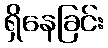
ရှိနေခြင်း